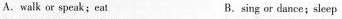
A.walk or speak;eat B.sing or dance;sleep